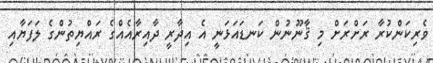
ވެރިކަންކުރާ ރަށްރަށް މި ޤާނޫނުން ކަނޑައަޅަނީ އެ އިދާރީ ދާއިރާއެއްގެ ރައްޔިތުންގެ ލަފަޔާއި